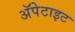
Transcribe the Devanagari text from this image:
अॅपेटाइट